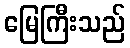
မြေကြီးသည်